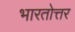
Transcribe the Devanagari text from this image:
भारतोत्तर